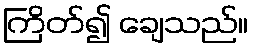
ကြိတ်၍ ချေသည်။